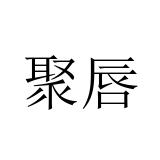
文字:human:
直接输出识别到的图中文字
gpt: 聚唇